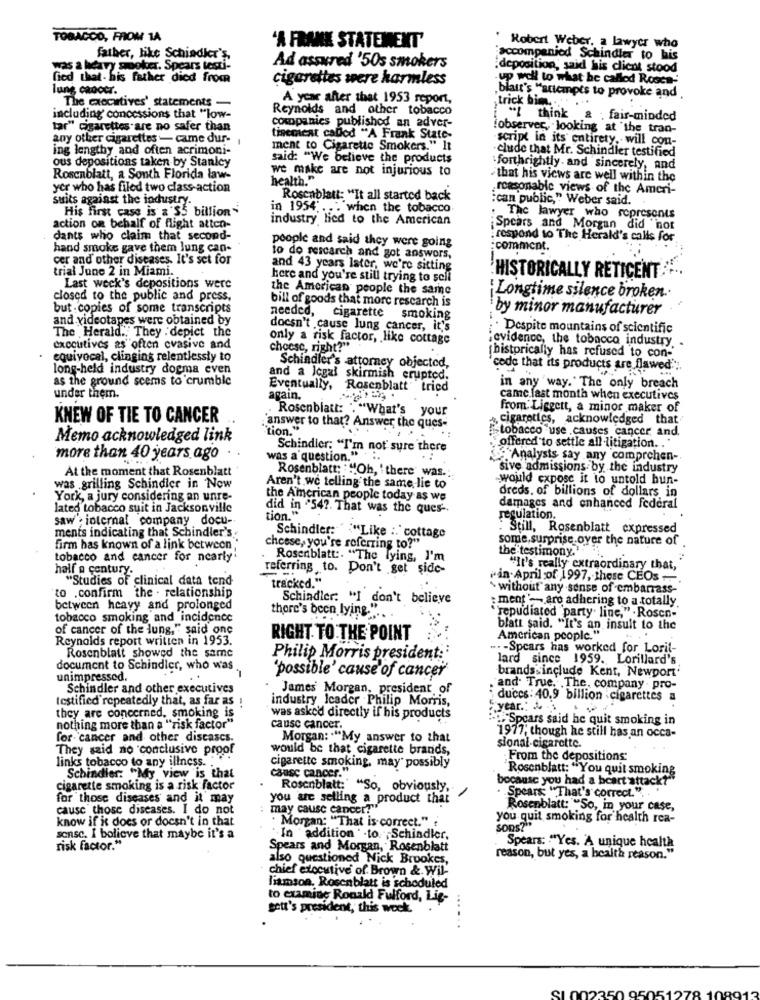
TOBACCO, FROM 1A
"A FRANK STATEMENT'
' Robert Weber, a lawyer who
father, like Schindler's,
accompanied Schindler to his
Has a heavy spoker. Spears testi-
Ad assured '50s smokers
deposition, said his clical stood
fied that- his father died from
cigarettes were harmless
-up wolf to what he called Rosca'
lung cancer.
A year after that 1953 report,
blait's "attempts to provoke and ,
The executives' statements -
Reynolds and other tobacco
trick bim ...
including concessions that "low-
companies published an adver-
"I think & ; fair-minded
tar" cigarettes are no safer than
fobserver, looking at the tran-
any other cigarettes - came dur-
tinemeat called "A Frank State-
script in its' entirety, will con-
ing lengthy and often acrimoni-
ment to Cigarette Smokers." It
clude that Mr. Schindler testified
said: "We believe the products
ous depositions taken by Stanley
we make are not injurious to
forthrightly. and sincerely, and
Rosenblatt, a South Florida law-
health."
"that his views are well within the
yer who has filed two class-action
reasonable views of the Ameri-
suits against the industry.
Rosenblatt: "It all started back
:can public," Weber said.
His first case is a 'S5 billion"
in 1954 ... when the tobacco
industry lied to the American
The lawyer who represents
action on behalf of flight atten-
Spears and Morgan did not
dants who claim that second-
people and said they were going
respond to The Herald's calls for
hand smoke gave them lung can-
-comment.
cer and other diseases. It's set for
to do research and got answors,
trial June 2 in Miami.
and 43 years later, we're sitting
here and you're still trying to sell
HISTORICALLY RETICENT
Last week's depositions were
the American people the same
closed to the public and press,
bill of goods that more rescarch is
' Longtime silence broken ..
but copies of some transcripts
by minor manufacturer
and videotapes were obtained by
needed, cigarette smoking
The Herald." They . depict the
doesn't cause lung cancer, it's
. . Despite mountains of scientific
only a risk factor, like cottage
¿evidence, the tobacco industry.
executives as often evasive and
cheese, right?"
equivocal, clinging relentlessly to
[historically has refused to con-
long-held industry dogma even
Schindler's attorney objected,
code that its products are flawed".
as the ground seems to crumble
and a legal skirmish erupted.
Eventually, Rosenblatt" tried
in any way." The only breach
under them.
again.
came. fast month when executives
.Rosenblatt: . "What's your
from: Liggett, a minor maker of
KNEW OF TIE TO CANCER
cigarettes, acknowledged that
: answer to that? Answer the ques-
"tion."
tobacco use causes cancer, and.
Memo acknowledged link
Schindler; "I'm not sure there
offered to settle all litigation ..
more than 40 years ago
was a question."*
Analysts say any comprehen-
At the moment that Rosenblatt
"sive admissions by the industry
Rosenblatt: "Oh, there was ...
would expose it to untold bun-
was grilling Schindler in Now
Aren't we telling the same lie to
dreds. of billions of dollars in
York, a jury considering an unre-
the American people today as we
lated tobacco suit in Jacksonville
did in "54 ?. That was the ques-
damages and enhanced federal
saw ; internal company docu-
tion."
regulation.
ments indicating that Schindler's
: Still, Rosenblatt expressed
Schindler: "Like :. ' cottage
some,surprise.over the nature of
firm has known of a link between
cheese, you're referring to?"
the testimony.
tobacco and cancer for nearly'
Rosenblatt :. "The Tying, I'm
half a century.
referring to. Don't get side-
"It's really extraordinary that,"
"Studies of clinical data tend
tracked."
"in April of 1997, these CEOs +-
> without any sense of embarrass-
to .confirm the . relationship
Schindler: "I don't believe
: ment -- are adhering to a totally
between heavy and prolonged
there's been lying.".
tobacco smoking and incidence
"repudiated "party line," . Rosen-
of cancer of the lung," said onc
blatt said. "It's an insult to the
Reynolds report written in 1953.
RIGHT TO THE POINT
American people."
Rosenblatt showed the same
..- Spears has worked for Lorit-
Philip Morris president:
lard since 1959. Lorillard's
document to Schindler, who was .
brands include Kent, Newport'
unimpressed
. .
'possible' cause of cancer'
Schindler and other executives
James Morgan, president of
"and. True. . The. company . pro-
testified repeatedly that, as far as !
industry Icader Philip Morris,
duces: 40.9 billion cigarettes a
year .:
they are concerned, smoking is
was asked directly if his products
.Spears said he quit smoking in
nothing more than a "risk factor"
cause cancer.
for cancer and other discascs.
Morgan: . "My answer to that
1977, though he still has an occa-
They said no conclusive proof
would be that cigarette brands,
sional-cigarette.
links tobacco to any illness. ..
From the depositions:
cigarette smoking, may" possibly
Rosenblatt: "You quit smoking
Schindler: "My view is that
cause cancer."
bocausc you had a heart attack?"
cigarette smoking is a risk factor
Rosenblatt:' "So, obviously,
for those diseases and it may
you are selling a product that
Spears "That's correct." ..
cause those diseases. I do not
may cause cancer?"
Rosenblatt: "So, in your case,
know if it does or doesn't in that
Morgan: "That is correct." ;
you quit smoking for health rea-
SORS?"
sonsc. I bolicve that maybe it's a
In addition . . to. Schindler,
risk factor."
Spears and Morgan, Rosenblatt
Spears: "Yes. A unique health
also questioned Nick Brookes,
reason, but yes, a health reason."
chief executive of Brown & Wil-
liamson. Rosenblatt is schoduled
to examine Ronald Fulford, Lig-
sett's president, this week.
......
1002350 9505